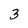
Character: 3